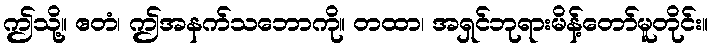
ဤသို့။ ဧတံ၊ ဤအနက်သဘောကို။ တထာ၊ အရှင်ဘုရားမိန့်တော်မူတိုင်း။